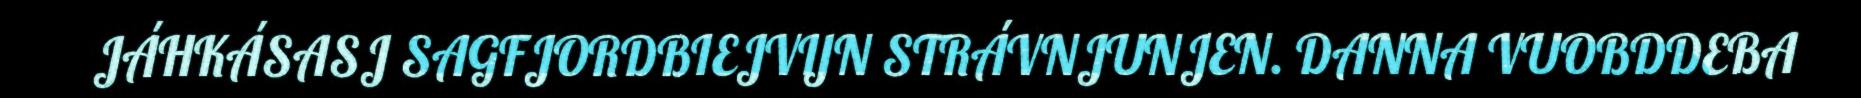
JÁHKÁSASJ SAGFJORDBIEJVIJN STRÁVNJUNJEN. DANNA VUOBDDEBA